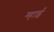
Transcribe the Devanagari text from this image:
म्हाई